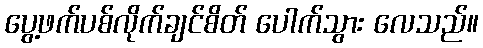
ပွေ့ဖက်ပစ်လိုက်ချင်စိတ် ပေါက်သွား လေသည်။